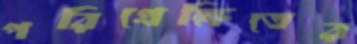
পরিপ্রেক্ষিতের